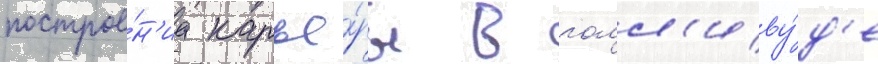
построе́н'иа карье́ры в голл'иву́д'е